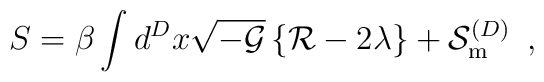
S=\beta\int d^Dx\sqrt{-{\cal{G}}}\left\{{\cal{R}} -2 \lambda\right\} +{\cal{S}}^{(D)}_{\rm{m}}\,\,\,,